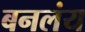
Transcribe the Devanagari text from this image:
बनलंय